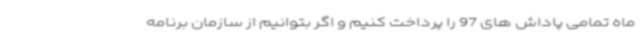
ماه تمامی پاداش های 97 را پرداخت کنیم و اگر بتوانیم از سازمان برنامه